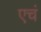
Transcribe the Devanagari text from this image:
एचं